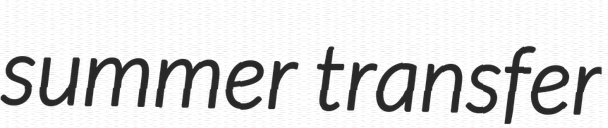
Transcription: summer transfer